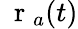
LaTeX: \mathrm{~\mathbf~r~}_{a}(t)